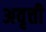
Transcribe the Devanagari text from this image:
अवृत्ती